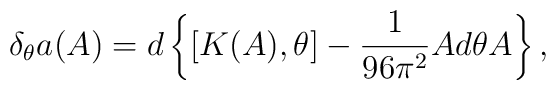
\delta_\theta a(A)=d\left\{[K(A),\theta]-\frac{1}{96\pi^2}Ad\theta A\right\},